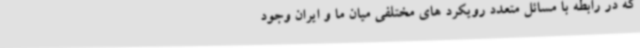
که در رابطه با مسائل متعدد رویکرد های مختلفی میان ما و ایران وجود